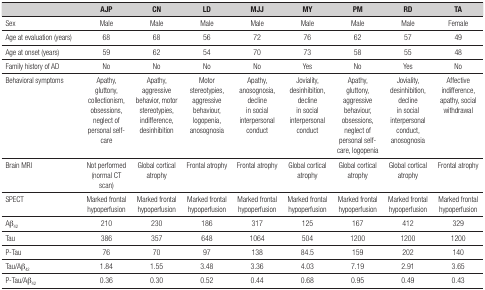
|  | AJP | CN | LD | MJJ | MY | PM | RD | TA |
 | --- | --- | --- | --- | --- | --- | --- | --- | --- |
 | Sex | Male | Male | Male | Male | Male | Male | Male | Female |
 | Age at evaluation (years) | 68 | 68 | 56 | 72 | 76 | 62 | 57 | 49 |
 | Age at onset (years) | 59 | 62 | 54 | 70 | 73 | 58 | 55 | 48 |
 | Family history of AD | No | No | No | No | Yes | No | Yes | No |
 | Behavioral symptoms | Apathy, gluttony, collectionism, obsessions, neglectof personal self-care | Apathy, aggressive behavior, motor stereotypies,indifference, desinhibition | Motor stereotypies, aggressive behaviour, logopenia,anosognosia | Apathy, anosognosia, decline in social interpersonalconduct | Joviality, desinhibition, decline in socialinterpersonal conduct | Apathy, gluttony, aggressive behaviour, obsessions,neglect of personal self-care, logopenia | Joviality, desinhibition, decline in socialinterpersonal conduct, anosognosia | Affective indifference, apathy, socialwithdrawal |
 | Brain MRI | Not performed (normal CT scan) | Global cortical atrophy | Frontal atrophy | Frontal atrophy | Global cortical atrophy | Global cortical atrophy | Global cortical atrophy | Frontal atrophy |
 | SPECT | Marked frontal hypoperfusion | Marked frontal hypoperfusion | Marked frontal hypoperfusion | Marked frontal hypoperfusion | Marked frontal hypoperfusion | Marked frontal hypoperfusion | Marked frontal hypoperfusion | Marked frontal hypoperfusion |
 | Aβ42 | 210 | 230 | 186 | 317 | 125 | 167 | 412 | 329 |
 | Tau | 386 | 357 | 648 | 1064 | 504 | 1200 | 1200 | 1200 |
 | P-Tau | 76 | 70 | 97 | 138 | 84.5 | 159 | 202 | 140 |
 | Tau/Aβ42 | 1.84 | 1.55 | 3.48 | 3.36 | 4.03 | 7.19 | 2.91 | 3.65 |
 | P-Tau/Aβ42 | 0.36 | 0.30 | 0.52 | 0.44 | 0.68 | 0.95 | 0.49 | 0.43 |